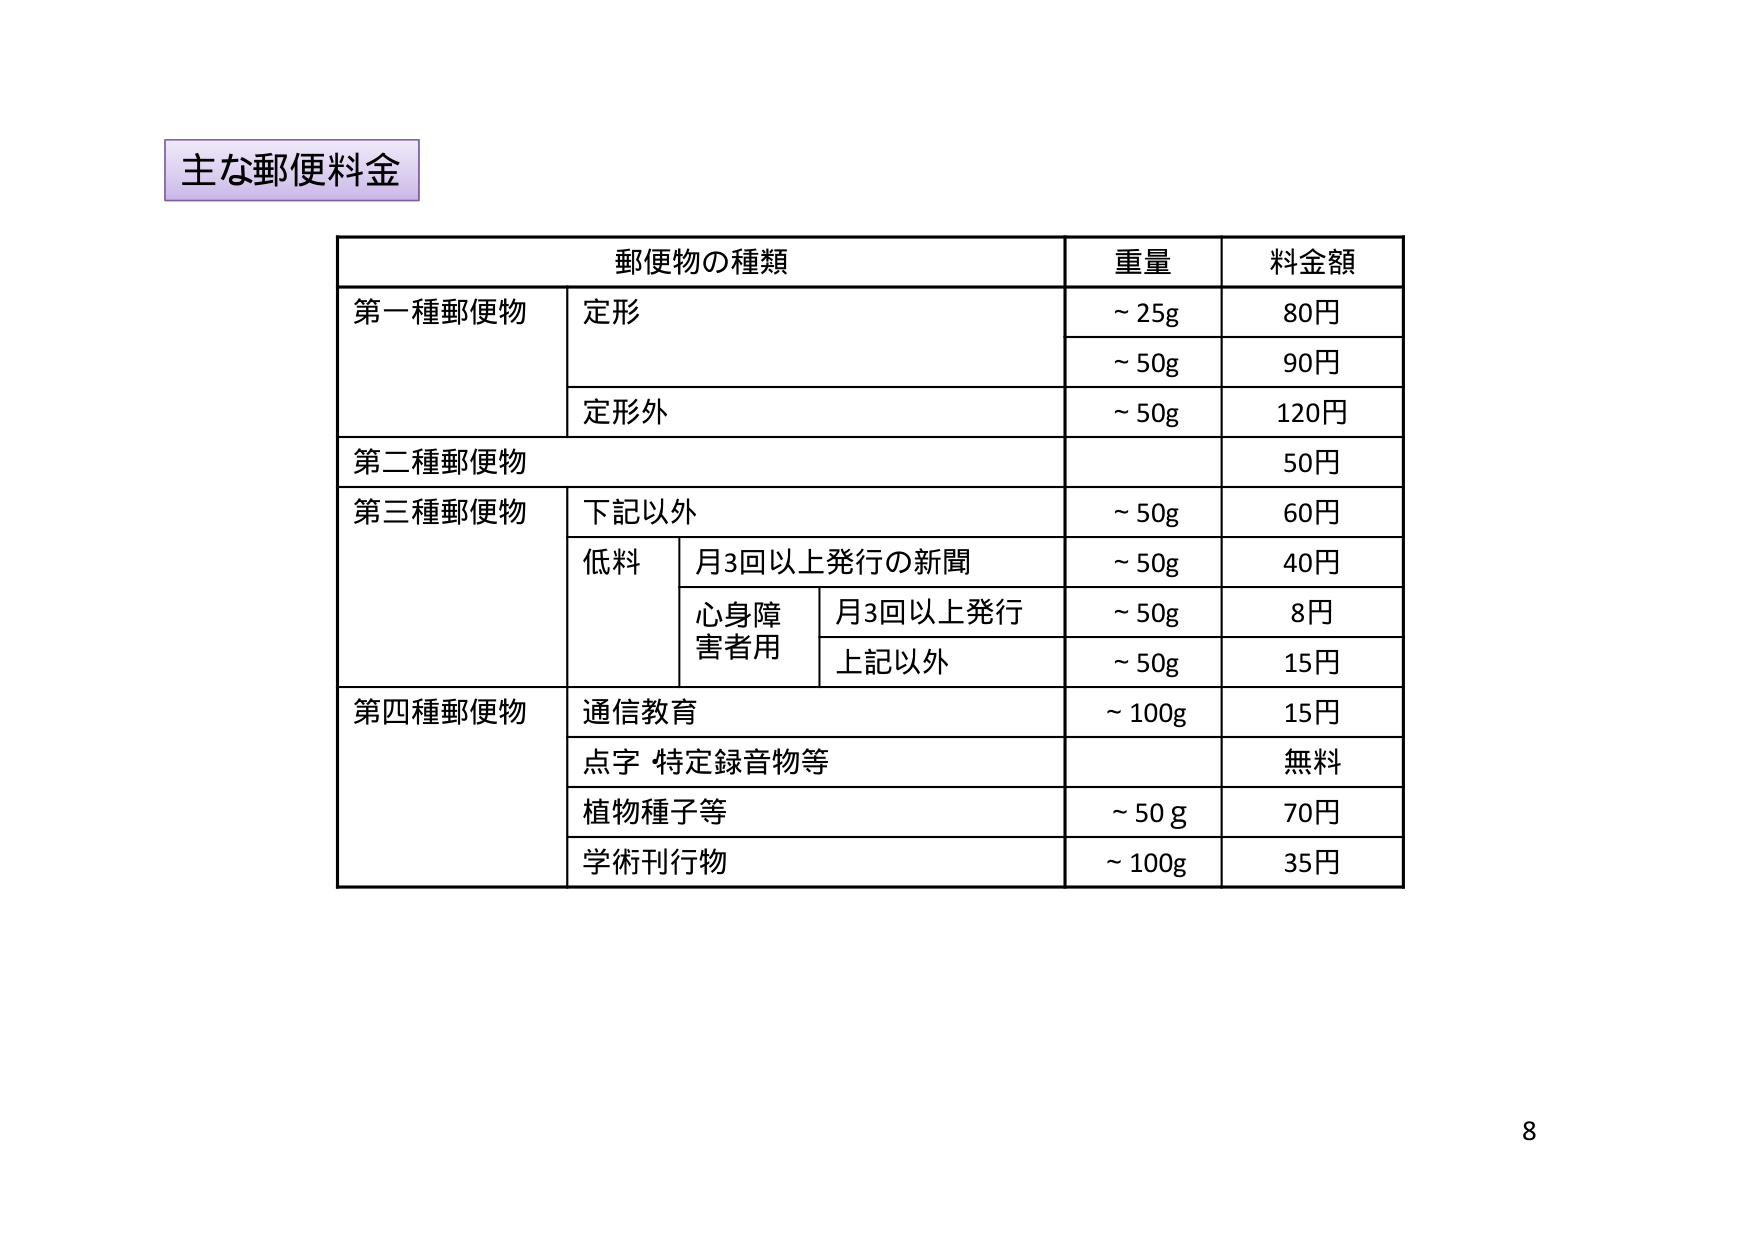
主な郵便料金

郵便物の種類　重量　料金額

第一種郵便物　定形　～25g　80円
　　　　　　　　　　　～50g　90円
　　　　　　　定形外　～50g　120円

第二種郵便物　　　　　　　　50円

第三種郵便物　下記以外　～50g　60円
　　　　　　　低料　月3回以上発行の新聞　～50g　40円
　　　　　　　　　　心身障害者用　月3回以上発行　～50g　8円
　　　　　　　　　　　　　　　　上記以外　～50g　15円

第四種郵便物　通信教育　～100g　15円
　　　　　　　点字 特定録音物等　　　　無料
　　　　　　　植物種子等　～50g　70円
　　　　　　　学術刊行物　～100g　35円

8